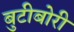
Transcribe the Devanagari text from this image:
बुटीबोरी